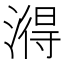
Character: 𬈫